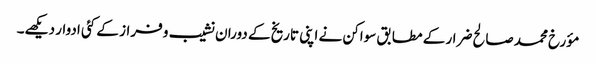
مؤرخ محمد صالح ضرار کے مطابق سواکن نے اپنی تاریخ کے دوران نشیب و فراز کے کئی ادوار دیکھے۔